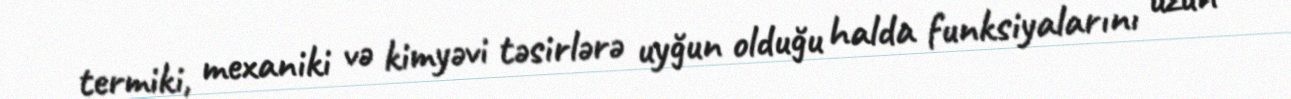
termiki, mexaniki və kimyəvi təsirlərə uyğun olduğu halda funksiyalarını uzun